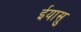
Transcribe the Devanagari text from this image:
ईयासु